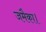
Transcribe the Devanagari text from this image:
जमैका।